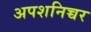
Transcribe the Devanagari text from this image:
अपशनिच्चर